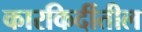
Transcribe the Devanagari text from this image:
कारकिर्दीतील